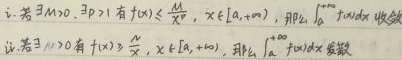
1. 若$\exists M>0,\exists p>1$有$f(x)\leq\frac{M}{x^{p}},x\in[a,+\infty)$，那么$\int_{a}^{+\infty}f(x)dx$收敛。
2. 若$\exists M>0$有$f(x)\geq\frac{M}{x},x\in[a,+\infty)$，那么$\int_{a}^{+\infty}f(x)dx$发散。